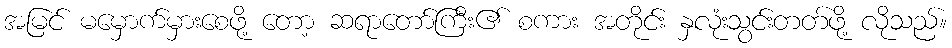
အမြင် မမှောက်မှားစေဖို့ တော့ ဆရာတော်ကြီး၏ စကား အတိုင်း နှလုံးသွင်းတတ်ဖို့ လိုသည်။